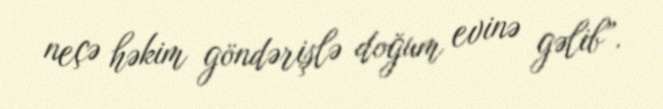
neçə həkim göndərişlə doğum evinə gəlib”.